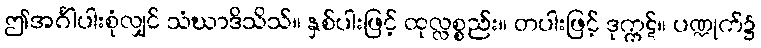
ဤအင်္ဂါပါးစုံလျှင် သံဃာဒိသိသ်။ နှစ်ပါးဖြင့် ထုလ္လစ္စည်း။ တပါးဖြင့် ဒုက္ကဋ်။ ပဏ္ဍုက်၌